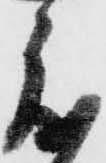
度